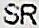
SR